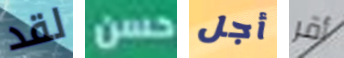
لقد حسن أجل أقر